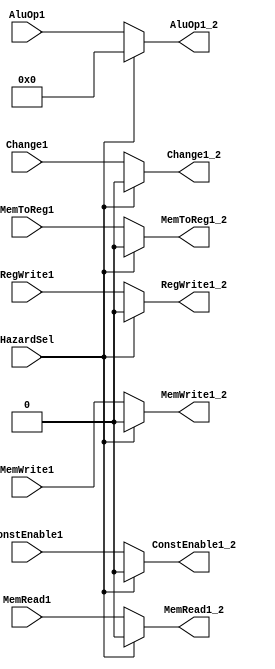
module MakeItZero(input  Change1, ConstEnable1, input [3:0] AluOp1, input MemRead1, MemWrite1,input MemToReg1, RegWrite1,
                  input HazardSel, output reg Change1_2, ConstEnable1_2, output reg [3:0] AluOp1_2, output reg MemRead1_2, MemWrite1_2,output reg MemToReg1_2, RegWrite1_2);
  always@(*) begin
    if(HazardSel)
      begin 
        Change1_2 <= 0;
        ConstEnable1_2 <= 0;
        AluOp1_2 <= 0;
        MemRead1_2 <= 0;
        MemWrite1_2 <= 0;
        MemToReg1_2 <= 0;
        RegWrite1_2 <= 0;  
      end
    else
      begin
        Change1_2 <= Change1;
        ConstEnable1_2 <= ConstEnable1;
        AluOp1_2 <= AluOp1;
        MemRead1_2 <= MemRead1;
        MemWrite1_2 <= MemWrite1;
        MemToReg1_2 <= MemToReg1;
        RegWrite1_2 <= RegWrite1; 
      end
  end
  
endmodule